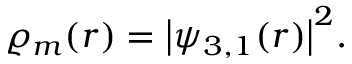
\varrho _ { m } ( r ) = \big | \psi _ { 3 , 1 } ( r ) \big | ^ { 2 } .